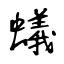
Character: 蟻